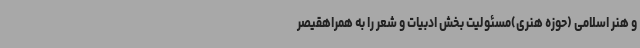
و هنر اسلامی (حوزه هنری)مسئولیت بخش ادبیات و شعر را به همراهقیصر